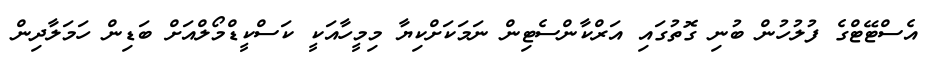
އެސްޓޭޓްގެ ފުލުހުން ބުނި ގޮތުގައި އަރްކާންސެޓިން ނަމަކަށްކިޔާ މިމީހާއަކީ ކަސްކީޑްމޯލްއަށް ބަޑިން ހަމަލާދިން